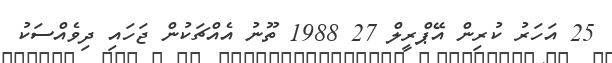
25 އަހަރު ކުރިން އޭޕްރީލް 27 1988 ތޫނު އެއްޗަކުން ޖަހައި ދިވެއްސަކު